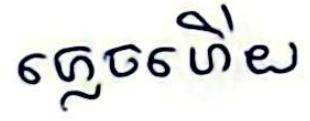
ភ្លេចហើយ